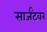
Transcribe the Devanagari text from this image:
सार्जंटवर